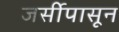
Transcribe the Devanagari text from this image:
जर्सीपासून